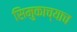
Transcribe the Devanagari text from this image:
सिमुकाच्याच